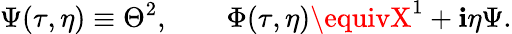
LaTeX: \Psi(\tau,\eta)\equiv\Theta^{2},\qquad\Phi(\tau,\eta)\equivX^{1}+\mathbf{i}\eta\Psi.